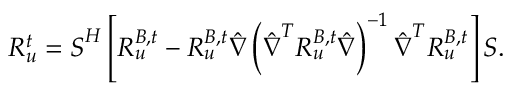
\boldsymbol { R _ { u } ^ { t } } = \boldsymbol { S } ^ { H } \left[ \boldsymbol { R _ { u } ^ { B , t } } - \boldsymbol { R _ { u } ^ { B , t } } \boldsymbol { \hat { \nabla } } \left( \boldsymbol { \hat { \nabla } } ^ { T } \boldsymbol { R _ { u } ^ { B , t } } \boldsymbol { \hat { \nabla } } \right) ^ { - 1 } \boldsymbol { \hat { \nabla } } ^ { T } \boldsymbol { R _ { u } ^ { B , t } } \right] \boldsymbol { S } .